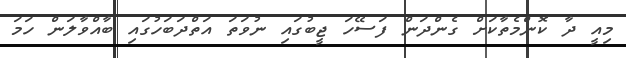
މިއީ ދާ ކޮންމެތާކަށް ގެންދަން ފަސޭހަ ޖީބުގައި ނުވަތަ އަތްދަބަހުގައި ބާއްވާލަން ހަމަ